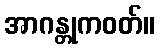
အာဂန္တုကဝတ်။